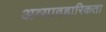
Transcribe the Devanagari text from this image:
अव्यावहारिकता